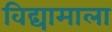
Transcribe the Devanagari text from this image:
विद्यामाला